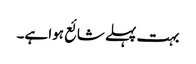
بہت پہلے شائع ہوا ہے۔